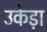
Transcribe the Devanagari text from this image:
उकेड़ा